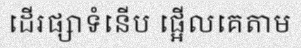
ដើរផ្សាទំនើប ផ្អើលគេតាម